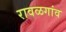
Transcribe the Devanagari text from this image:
रावळगांव